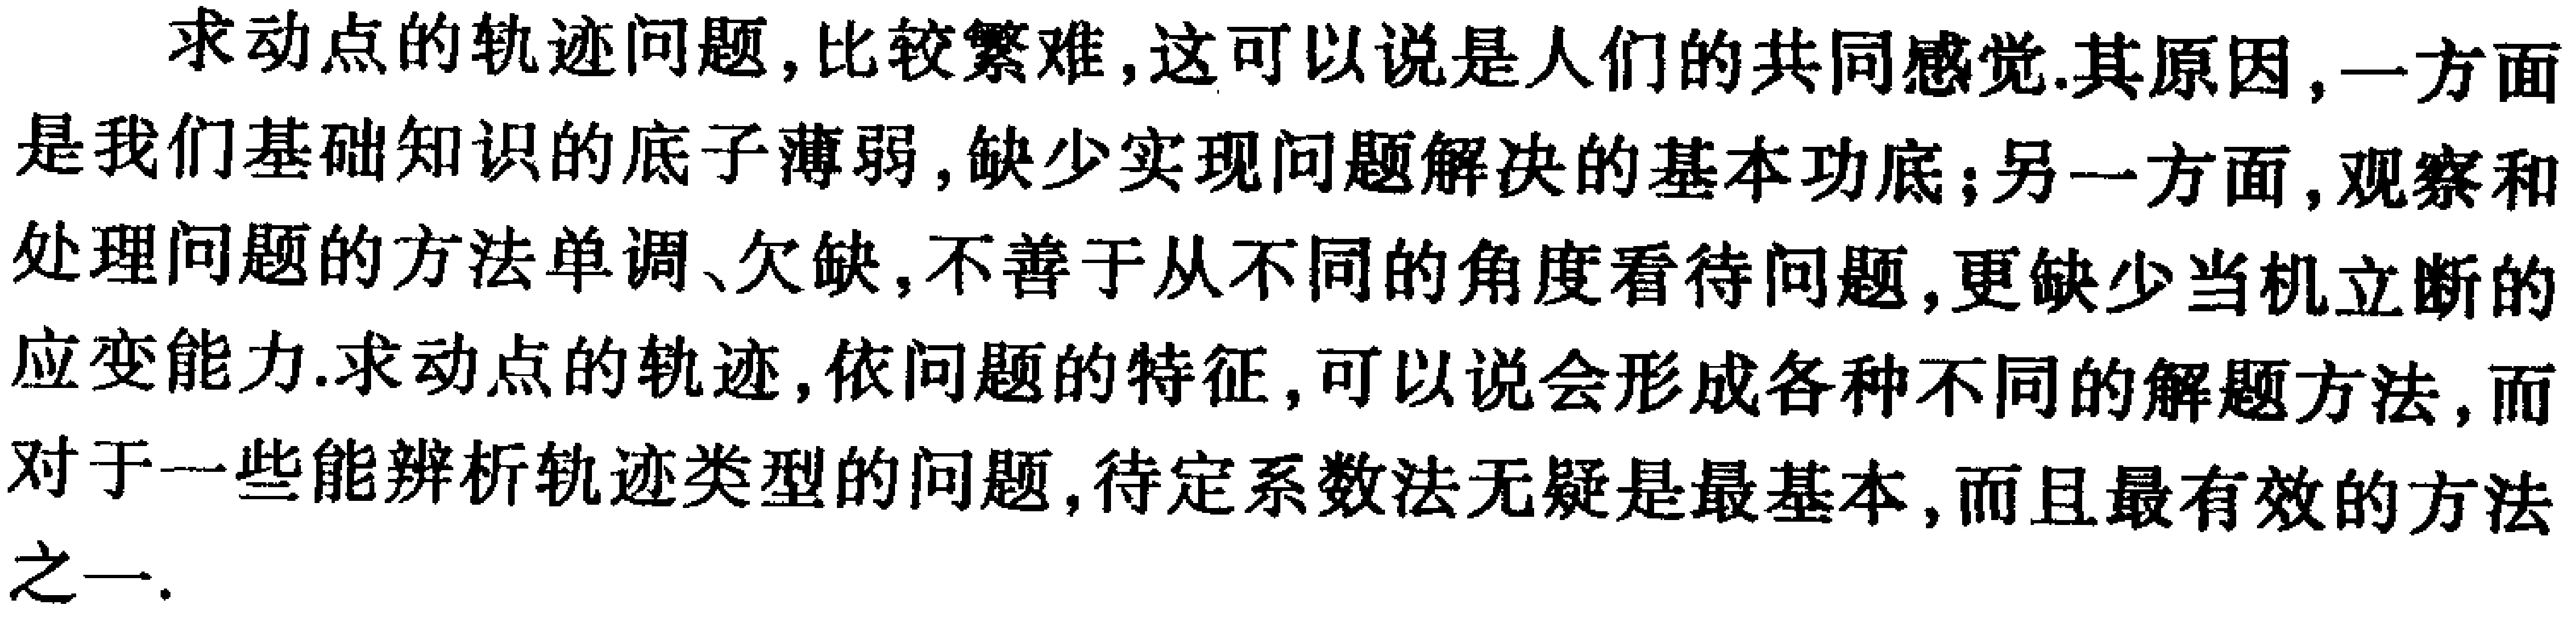
求动点的轨迹问题,比较繁难,这可以说是人们的共同感觉.其原因,一方面是我们基础知识的底子薄弱,缺少实现问题解决的基本功底;另一方面,观察和处理问题的方法单调、欠缺,不善于从不同的角度看待问题,更缺少当机立断的应变能力.求动点的轨迹,依问题的特征,可以说会形成各种不同的解题方法,而对于一些能辨析轨迹类型的问题,待定系数法无疑是最基本,而且最有效的方法之一.